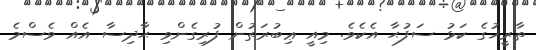
ތާރީޚުގެ ކަޅު ސަފުޙާ އެކެވެ. މިއީ ޢިބުރަތުން ފުރިގެންވި ޙާދިސާ އެއް ވެސްމެ